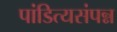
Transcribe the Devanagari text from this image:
पांडित्यसंपन्न